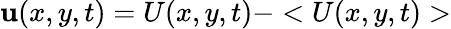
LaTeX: \mathbf{u}(x,y,t)=U(x,y,t)-<U(x,y,t)>